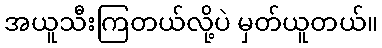
အယူသီးကြတယ်လို့ပဲ မှတ်ယူတယ်။